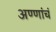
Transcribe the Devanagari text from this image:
अण्णांचं